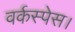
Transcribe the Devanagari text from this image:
वर्कस्पेस।